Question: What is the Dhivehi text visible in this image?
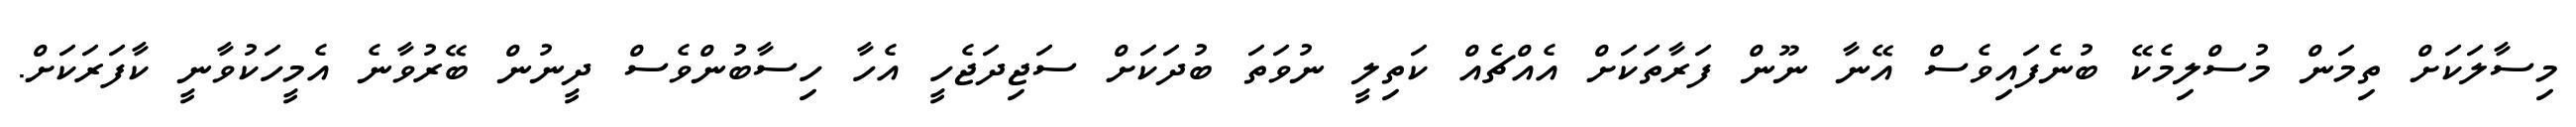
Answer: މިސާލަކަށް ތިމަން މުސްލިމެކޭ ބުނެފައިވެސް އޭނާ ނޫން ފަރާތަކަށް އެއްޗެއް ކަތިލީ ނުވަތަ ބުދަކަށް ސަޖިދަޖެހީ އެހާ ހިސާބުންވެސް ދީނުން ބޭރުވާނެ އެމީހަކުވާނީ ކާފަރަކަށް.